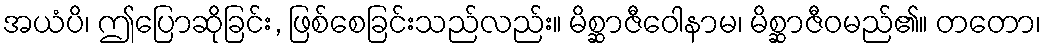
အယံပိ၊ ဤပြောဆိုခြင်း, ဖြစ်စေခြင်းသည်လည်း။ မိစ္ဆာဇီဝေါနာမ၊ မိစ္ဆာဇီဝမည်၏။ တတော၊